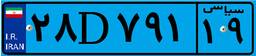
۵۰D۹۲۷۷۸